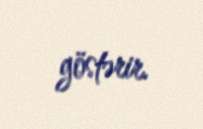
göstərir.